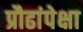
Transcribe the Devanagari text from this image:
प्रौढांपेक्षा